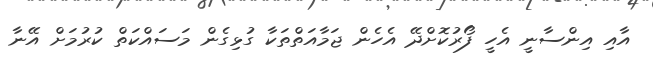
އާއި އިންސާނީ އެހީ ފޯރުކޮށްދޭ އެހެން ޖަމާއަތްތަކާ ގުޅިގެން މަސައްކަތް ކުރުމަށް އޭނާ